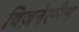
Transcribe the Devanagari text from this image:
बिज़नेस्मैन